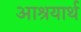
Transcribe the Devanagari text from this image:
आश्रयार्थ